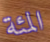
المئة